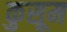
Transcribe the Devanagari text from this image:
कुसूम